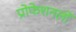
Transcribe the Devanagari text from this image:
प्रोफेशनलों